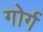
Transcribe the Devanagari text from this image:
गोर्ग